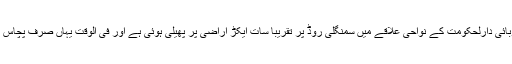
’انسٹی ٹیوٹ آف نیفرو اینڈ یورولوجی‘ صوبائی دارلحکومت کے نواحی علاقے میں سمنگلی روڈ پر تقریباً سات ایکڑ اراضی پر پھیلی ہوئی ہے اور فی الوقت یہاں صرف پچاس مریضوں کو داخل کرنے کی گنجائش ہے۔